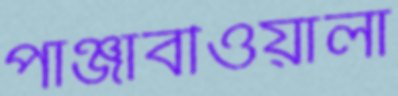
পাঞ্জাবীওয়ালা